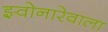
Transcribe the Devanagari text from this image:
झ्वोनारेवाला